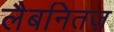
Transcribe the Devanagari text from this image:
लैबनितज़